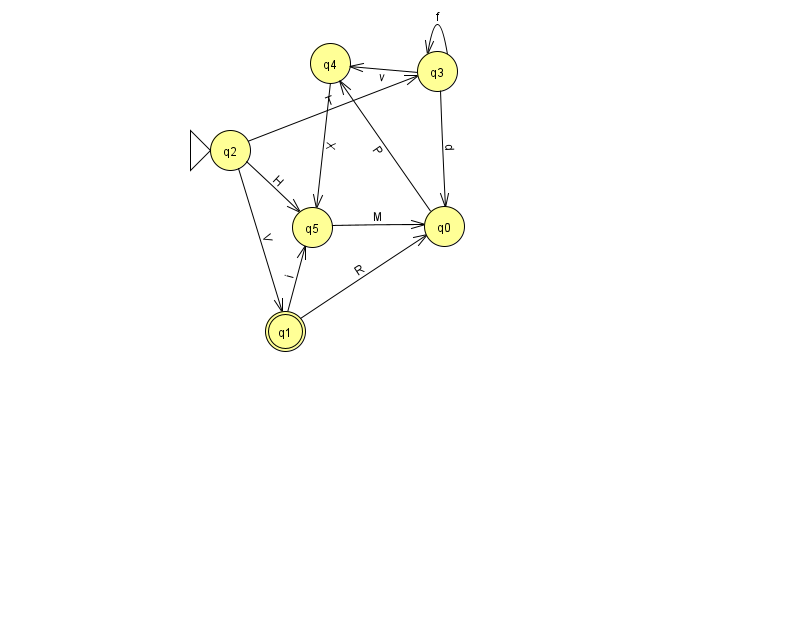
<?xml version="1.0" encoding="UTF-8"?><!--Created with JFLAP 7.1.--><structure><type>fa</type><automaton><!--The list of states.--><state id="0" name="q0"><x>444.0</x><y>213.0</y></state><state id="1" name="q1"><x>285.0</x><y>318.0</y><final/></state><state id="2" name="q2"><x>230.0</x><y>137.0</y><initial/></state><state id="3" name="q3"><x>437.0</x><y>58.0</y></state><state id="4" name="q4"><x>330.0</x><y>50.0</y></state><state id="5" name="q5"><x>312.0</x><y>214.0</y></state><!--The list of transitions.--><transition><from>1</from><to>5</to><read>i</read></transition><transition><from>2</from><to>5</to><read>H</read></transition><transition><from>2</from><to>1</to><read>V</read></transition><transition><from>3</from><to>0</to><read>d</read></transition><transition><from>3</from><to>3</to><read>f</read></transition><transition><from>4</from><to>5</to><read>X</read></transition><transition><from>3</from><to>4</to><read>v</read></transition><transition><from>1</from><to>0</to><read>R</read></transition><transition><from>5</from><to>0</to><read>M</read></transition><transition><from>0</from><to>4</to><read>P</read></transition><transition><from>2</from><to>3</to><read>T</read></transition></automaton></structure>